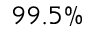
9 9 . 5 \%